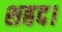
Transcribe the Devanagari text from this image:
शहद।